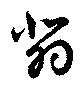
翡